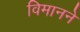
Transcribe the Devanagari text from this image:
विमानने